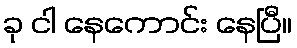
ခု ငါ နေကောင်း နေပြီ။